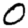
Digit: 0